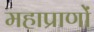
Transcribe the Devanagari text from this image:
महाप्राणों